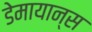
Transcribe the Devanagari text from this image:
डेमायान्स